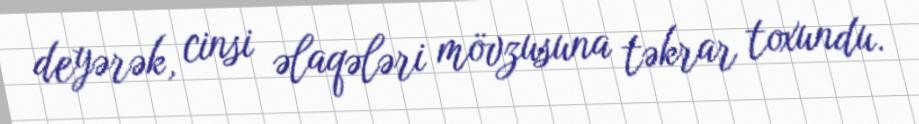
deyərək, cinsi əlaqələri mövzusuna təkrar toxundu.